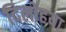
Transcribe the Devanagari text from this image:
दिलोहया